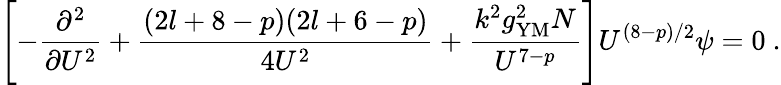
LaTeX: \Biggl[-\frac{\partial^{2}}{\partial U^{2}}+\frac{(2l+8-p)(2l+6-p)}{4U^{2}}+\frac{k^{2}g_{\mathrm{YM}}^{2}N}{U^{7-p}}\Biggr]U^{(8-p)/2}\psi=0\ .